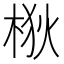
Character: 梑